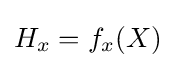
H_{x}=f_{x}(X)